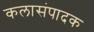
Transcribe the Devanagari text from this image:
कलासंपादक